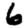
Digit: 6